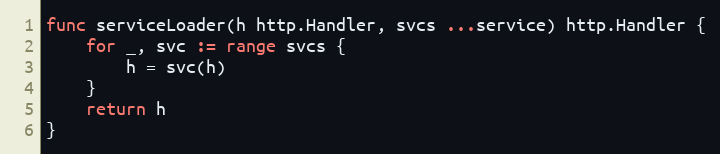
Language: Go
func serviceLoader(h http.Handler, svcs ...service) http.Handler {
	for _, svc := range svcs {
		h = svc(h)
	}
	return h
}